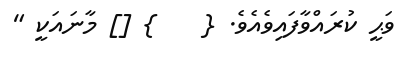
ވަޙީ ކުރައްވާފައިވެއެވެ. {    } [] މާނައަކީ "